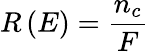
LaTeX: R\left(E\right)=\frac{n_{c}}{F}